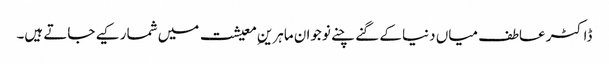
ڈاکٹر عاطف میاں دنیا کے گنے چنے نوجوان ماہرینِ معیشت میں شمار کیے جاتے ہیں۔